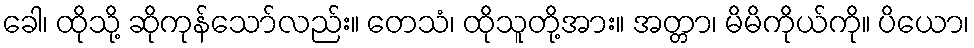
ခေါ၊ ထိုသို့ ဆိုကုန်သော်လည်း။ တေသံ၊ ထိုသူတို့အား။ အတ္တာ၊ မိမိကိုယ်ကို။ ပိယော၊